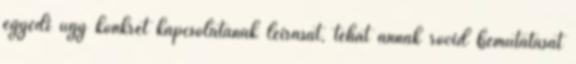
egyedi ügy konkrét kapcsolatának leírását, tehát annak rövid bemutatását